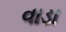
વાડા